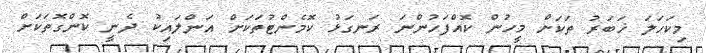
މިކަހަލަ ޚަބަރު ތަކަށް މީހުން ކޮއްފަހުންނަ ރަނގަޅު ކޮމެންޓުތަކަށް އަންލައިކު ދެނީ ކޮންގޮތަކަށް